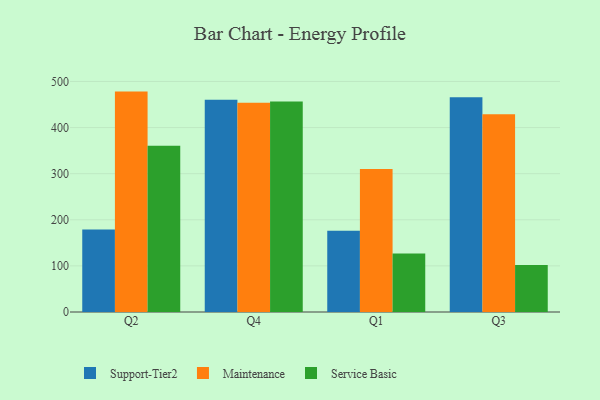
{"axis": {"x": "Quarter", "y": "Inventory Turnover"}, "legend": ["Maintenance", "Service Basic", "Support-Tier2"], "data": [{"x": "Q2", "y": 179.1, "type": "Support-Tier2"}, {"x": "Q2", "y": 478.0, "type": "Maintenance"}, {"x": "Q2", "y": 360.7, "type": "Service Basic"}, {"x": "Q4", "y": 460.3, "type": "Support-Tier2"}, {"x": "Q4", "y": 453.7, "type": "Maintenance"}, {"x": "Q4", "y": 456.8, "type": "Service Basic"}, {"x": "Q1", "y": 176.1, "type": "Support-Tier2"}, {"x": "Q1", "y": 310.3, "type": "Maintenance"}, {"x": "Q1", "y": 126.7, "type": "Service Basic"}, {"x": "Q3", "y": 465.7, "type": "Support-Tier2"}, {"x": "Q3", "y": 428.9, "type": "Maintenance"}, {"x": "Q3", "y": 102.2, "type": "Service Basic"}]}